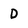
Character: D